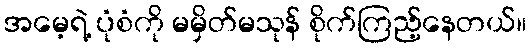
အမေ့ရဲ့ ပုံစံကို မမှိတ်မသုန် စိုက်ကြည့်နေတယ်။